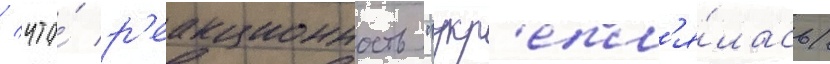
/ что́ р'еакционность "укр'епл'я́лась